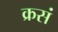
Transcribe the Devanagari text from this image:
क्रसं